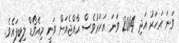
ވަނަ އަހަރު އަދި 2014 ވަނަ އަހަރުވެސް ރާއްޖެއަށް ވަނީ މިއެވޯޑް ލިބިފައެވެ.